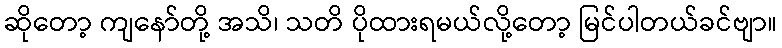
ဆိုတော့ ကျနော်တို့ အသိ၊ သတိ ပိုထားရမယ်လို့တော့ မြင်ပါတယ်ခင်ဗျာ။